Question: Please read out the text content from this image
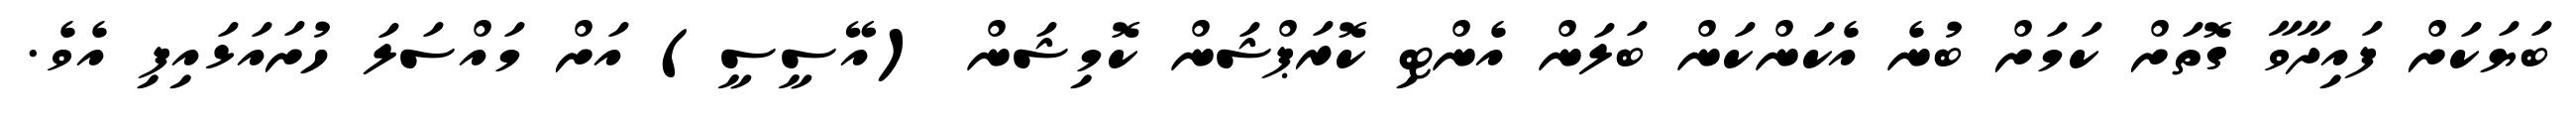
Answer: ބަޔަކަށް ފައިދާވާ ގޮތަށް ކަމަށް ބުނެ އެކަންކަން ބަލަން އެންޓި ކޮރަޕްޝަން ކޮމިޝަން (އޭސީސީ) އަށް މައްސަލަ ހުށައަޅައިފި އެވެ.